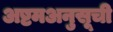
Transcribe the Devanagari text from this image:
अष्टमअनुसूची